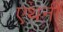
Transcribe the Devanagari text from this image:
एथनी